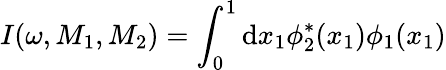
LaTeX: I(\omega,M_{1},M_{2})=\int_{0}^{1}\mathrm{d}x_{1}\phi_{2}^{*}(x_{1})\phi_{1}(x_{1})